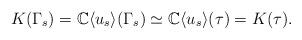
LaTeX: \begin{align*} K(\Gamma_s)=\mathbb{C}\langle u_s \rangle (\Gamma_s ) \simeq \mathbb{C}\langle u_s \rangle (\tau )=K(\tau).\end{align*}